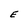
Character: E